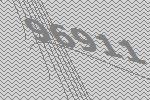
96911